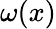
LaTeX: \omega(x)